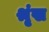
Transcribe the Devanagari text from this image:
श्रृंख